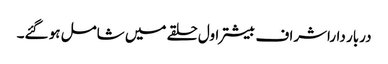
دربار داراشراف بیشتر اول حلقے میں شامل ہو گئے۔